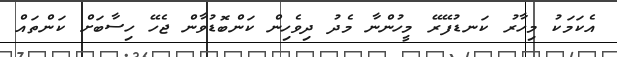
އެކަމަކު މިހާރު ކަނޑުފޭރޭ މީހުންނާ މެދު ދިވެހިން ކަންބޮޑުވާން ޖެހޭ ހިސާބަށް ކަންތައް